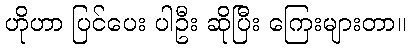
ဟိုဟာ ပြင်ပေး ပါဦး ဆိုပြီး ကြေးများတာ။